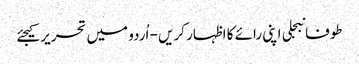
طوفانبجلی اپنی رائے کا اظہار کریں - اُردو میں تحریر کیجئے